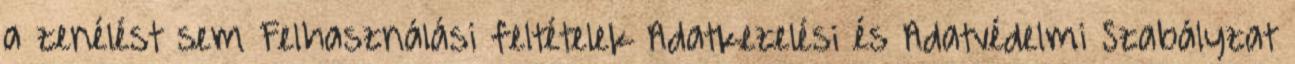
a zenélést sem Felhasználási feltételek Adatkezelési és Adatvédelmi Szabályzat